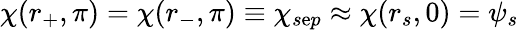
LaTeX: \chi(r_{+},\pi)=\chi(r_{-},\pi)\equiv\chi_{s\mathrm{e}p}\approx\chi(r_{s},0)=\psi_{s}